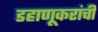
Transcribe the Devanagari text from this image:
डहाणूकरांची